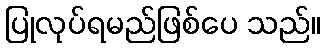
ပြုလုပ်ရမည်ဖြစ်ပေ သည်။